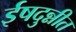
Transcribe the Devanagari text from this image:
ईषदुन्नीत